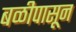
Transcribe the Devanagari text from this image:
बळीपासून